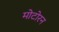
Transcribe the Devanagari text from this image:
मोटोरन